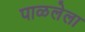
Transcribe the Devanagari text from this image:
पाळलेला